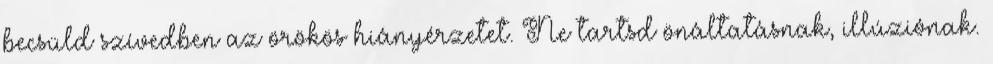
becsüld szívedben az örökös hiányérzetet. Ne tartsd önáltatásnak, illúziónak.